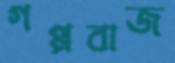
গপ্পবাজ